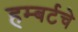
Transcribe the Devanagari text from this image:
हम्बर्टचे